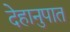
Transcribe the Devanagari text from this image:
देहानुपात